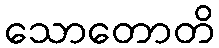
သောတောတိ